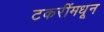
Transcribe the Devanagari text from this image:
टकरींमधून